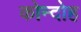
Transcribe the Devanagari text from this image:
कोन्‍दोह